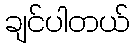
ချင်ပါတယ်